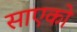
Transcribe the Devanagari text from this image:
साएको